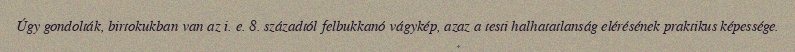
Úgy gondolták, birtokukban van az i. e. 8. századtól felbukkanó vágykép, azaz a testi halhatatlanság elérésének praktikus képessége.